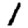
Digit: 1